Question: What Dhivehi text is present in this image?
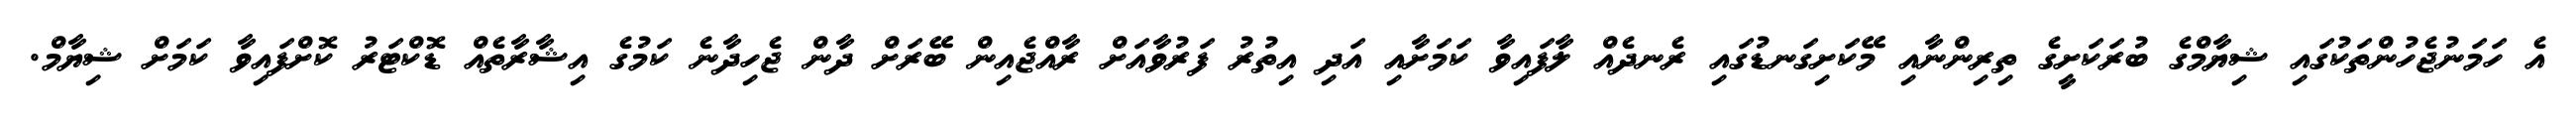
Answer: އެ ހަމަނުޖެހުންތަކުގައި ޝިޔާމްގެ ބުރަކަށީގެ ތިރިންނާއި މޭކަށިގަނޑުގައި ރެނދެއް ލާފައިވާ ކަމަށާއި އަދި އިތުރު ފަރުވާއަށް ރާއްޖެއިން ބޭރަށް ދާން ޖެހިދާނެ ކަމުގެ އިޝާރާތެއް ޑޮކްޓަރު ކޮށްފައިވާ ކަމަށް ޝިޔާމް.